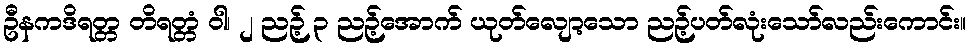
ဦနကဒိရတ္တ တိရတ္တံ ဝါ၊ ၂ ညဉ့် ၃ ညဉ့်အောက် ယုတ်လျော့သော ညဉ့်ပတ်လုံးသော်လည်းကောင်း။